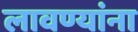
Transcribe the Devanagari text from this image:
लावण्यांना